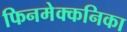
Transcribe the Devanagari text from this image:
फिनमेक्कनिका